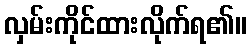
လှမ်းကိုင်ထားလိုက်ရ၏။